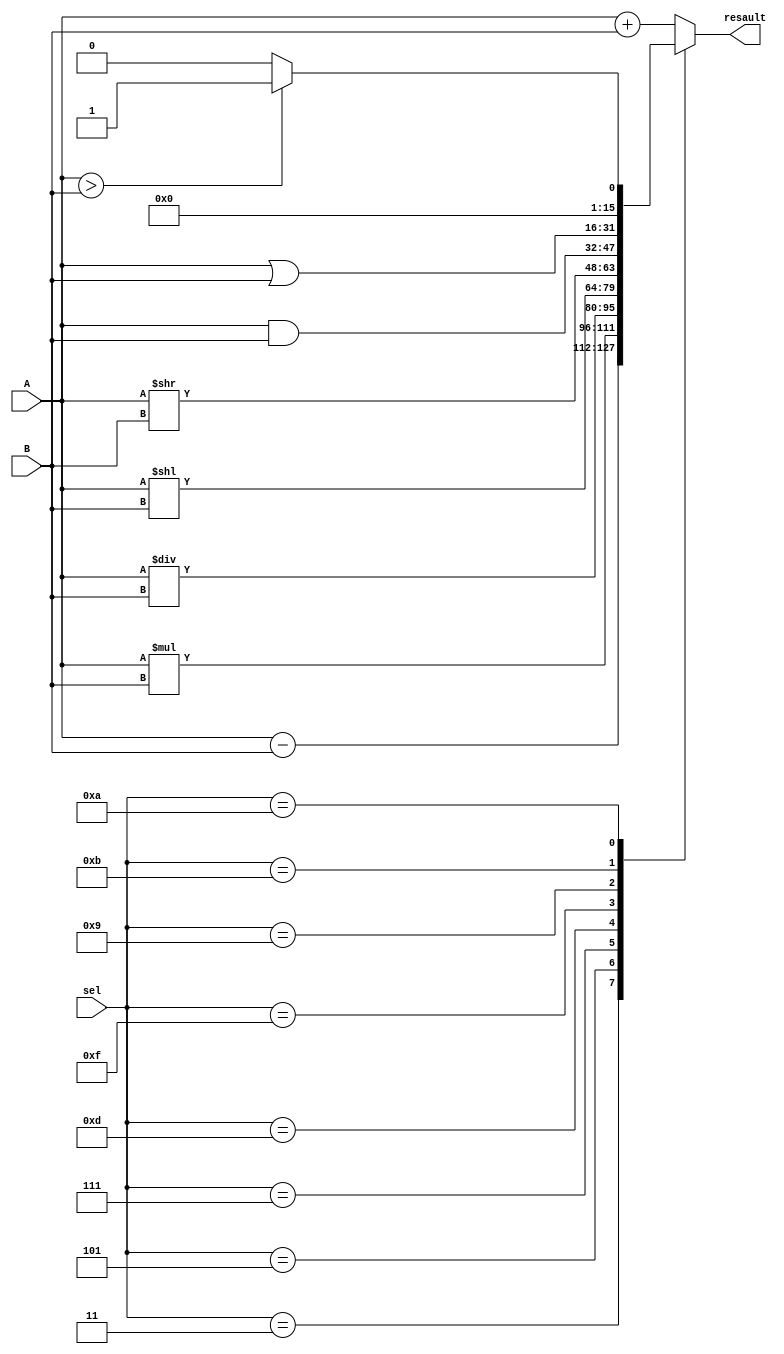
`timescale 1ns / 1ps
//////////////////////////////////////////////////////////////////////////////////
// Company: 
// Engineer: 
// 
// Design Name: 
// Module Name: ALU
// Project Name: 
// Target Devices: 
// Tool Versions: 
// Description: 
// 
// Dependencies: 
// 
// Revision:
// Revision 0.01 - File Created
// Additional Comments:
// 
//////////////////////////////////////////////////////////////////////////////////


`timescale 1ns / 1ps
//////////////////////////////////////////////////////////////////////////////////
// Company: 
// Engineer: 
// 
// Design Name: 
// Module Name:    alu 
// Project Name: 
// Target Devices: 
// Tool versions: 
// Description: 
//
// Dependencies: 
//
// Revision: 
// Revision 0.01 - File Created
// Additional Comments: 
//
//////////////////////////////////////////////////////////////////////////////////
module alu(A,B,sel,resault
    );
 input [15:0]A;
 input [15:0]B;
 input [3:0]sel;
 output reg [15:0] resault;
 
 always @(*)
 begin
 resault=0;
  case(sel)
  4'b0001:
  begin
   resault=A+B;
  end
  4'b0011:
  begin
   resault=A-B;
  end
  4'b0101:
  begin
   resault=A*B;
  end
  4'b0111:
  begin
   resault=A/B;
  end
  4'b1101:
  begin
   resault=(A<<B);
  end
  4'b1111:
   resault=(A>>B);
  4'b1001:
   resault=(A&B);
  4'b1011:
   resault=(A|B); 
  4'b1010:
   if(A>B) resault=1;
   else resault=0;
  default :
  begin
   resault=A+B;
  end
  endcase
  end
endmodule